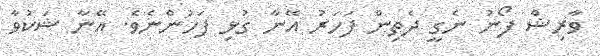
ވާރިޝް ފޯނު ނެގީ ދެތިން ފަހަރު އޭނާ ގުޅި ފަހުންނެވެ. އޭނާ ޝަކުވާ